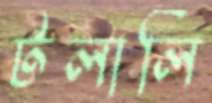
টলালি